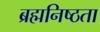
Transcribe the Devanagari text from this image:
ब्रह्मनिष्ठता